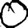
Digit: 0